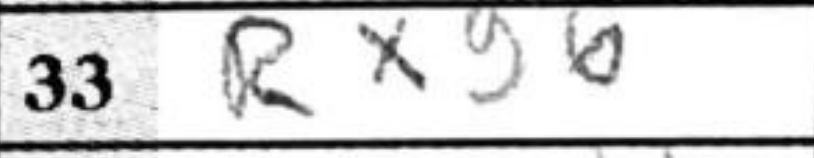
Transcription: Rxg6